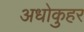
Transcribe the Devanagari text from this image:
अधोकुहर